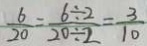
\frac { 6 } { 2 0 } = \frac { 6 \div 2 } { 2 0 \div 2 } = \frac { 3 } { 1 0 }